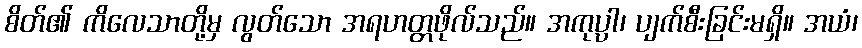
စိတ်၏ ကိလေသာတို့မှ လွတ်သော အရဟတ္တဖိုလ်သည်။ အကုပ္ပါ၊ ပျက်စီးခြင်းမရှိ။ အယံ၊